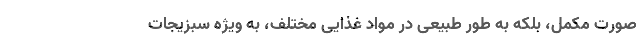
صورت مکمل، بلکه به طور طبیعی در مواد غذایی مختلف، به ویژه سبزیجات